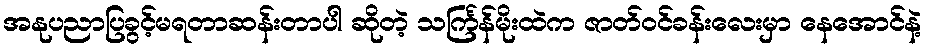
အနုပညာပြခွင့်မရတာဆန်းတာပါ ဆိုတဲ့ သင်္ကြန်မိုးထဲက ဇာတ်ဝင်ခန်းလေးမှာ နေအောင်နဲ့